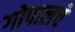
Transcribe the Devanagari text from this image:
गोपालचे